Civil Veterinary Department. United Provinces 1923-31 - 1923-1931
Year: 1923
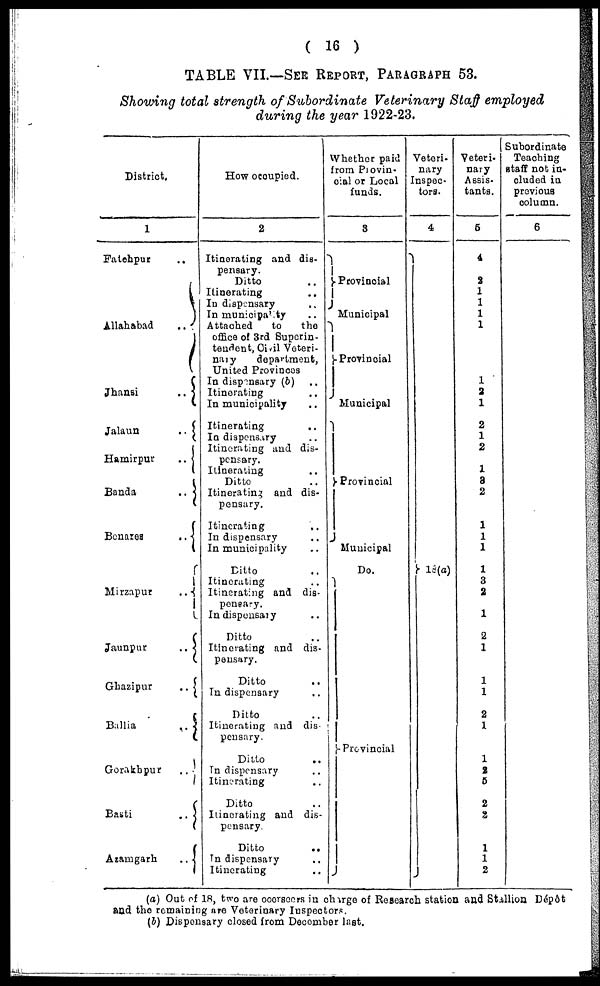
( 16 )
TABLE VII.—SEE REPORT, PARAGRAPH 53.
Showing total strength of Subordinate Veterinary Staff employed
during the year 1922-23.
District.
1
Fatehpur
..
Allahabad
..
Jhansi
..
Jalaun
..
Hamirpur
..
Banda
..
Benares
..
Mirzapur
..
Jaunpur
..
Ghazipur
..
Ballia
..
Gorakhpur
..
Basti
..
Azarngarh
..
How ocoupied.
2
Itinerating and dis-
pensary.
Ditto ..
Itinerating ..
In dispensary ..
In municipality ..
Attached
to
the
office of 3rd Superin-
tendent, Civil Veteri-
nary
department,
United Provinces
In dispensary (b) ..
Itinerating ..
In municipality ..
Itinerating ..
In dispensary ..
Itinerating and dis-
pensary.
Itinerating ..
Ditto ..
Itinerating and dis-
pensary.
Itinerating ..
In dispensary ..
In municipality ..
Ditto
..
Itinerating ..
Itinerating and dis-
pensary.
Indispensary ..
Ditto ..
Itinerating and dis-
pensary.
Ditto ..
In dispensary ..
Ditto ..
Itinerating and dis-
pensnry.
Ditto ..
In dispensary ..
Itinerating ..
Ditto ..
Itinerating and dis-
pensary
Ditto
..
In dispensary ..
Itinerating ..
Whether paid
from Piovin-
cial or Local
funds.
3
Provincial
Municipal
Provincial
Municipal
Provincial
Municipal
Do.
Provincial
Veteri-
nary
Inspec-
tors.
4
18(a)
Veteri-
nary
Assis-
tants.
5
4
2
1
1
1
1
1
2
1
2
1
2
1
a
2
1
1
1
1
3
2
1
2
1
1
1
2
1
1
2
5
2
3
1
1
2
Subordinate
Teaching
staff not in-
cluded in
previous
column.
6
(a) Out of 18, two are ooerseers in charge of Research station and Stallion Dépôt
and the remaining are Veterinary Inspectors.
(5) Dispensary closed from December last.